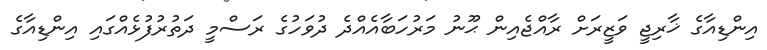
އިންޑިއާގެ ޚާރިޖީ ވަޒީރަށް ރާއްޖެއިން ޙޫނު މަރުހަބާއެއްދެ ދުވަހުގެ ރަސްމީ ދަތުރުފުޅެއްގައި އިންޑިއާގެ